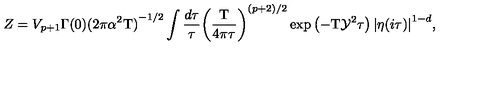
Z = { V _ { p + 1 } } \Gamma ( 0 ) { { ( 2 \pi { \alpha ^ { 2 } } \mathrm { T } ) } ^ { - 1 / 2 } } \int { \frac { d \tau } { \tau } } { { \left( { \frac { \mathrm { T } } { 4 \pi \tau } } \right) } ^ { ( p + 2 ) / 2 } } \exp \left( - \mathrm { T } { \mathcal { Y } ^ { 2 } } \tau \right) { { | \eta ( i \tau ) | } ^ { 1 - d } } ,